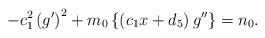
LaTeX: \begin{align*}-c_{1}^{2}\left( g^{\prime }\right) ^{2}+m_{0}\left\{ \left(c_{1}x+d_{5}\right) g^{\prime \prime }\right\} =n_{0}. \end{align*}